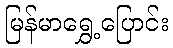
မြန်မာရွှေ့ပြောင်း